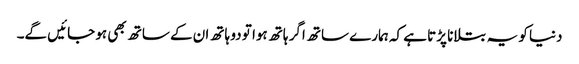
دنیا کو یہ بتلانا پڑتا ہے کہ ہمارے ساتھ اگر ہاتھ ہوا تو دو ہاتھ ان کے ساتھ بھی ہو جائیں گے۔